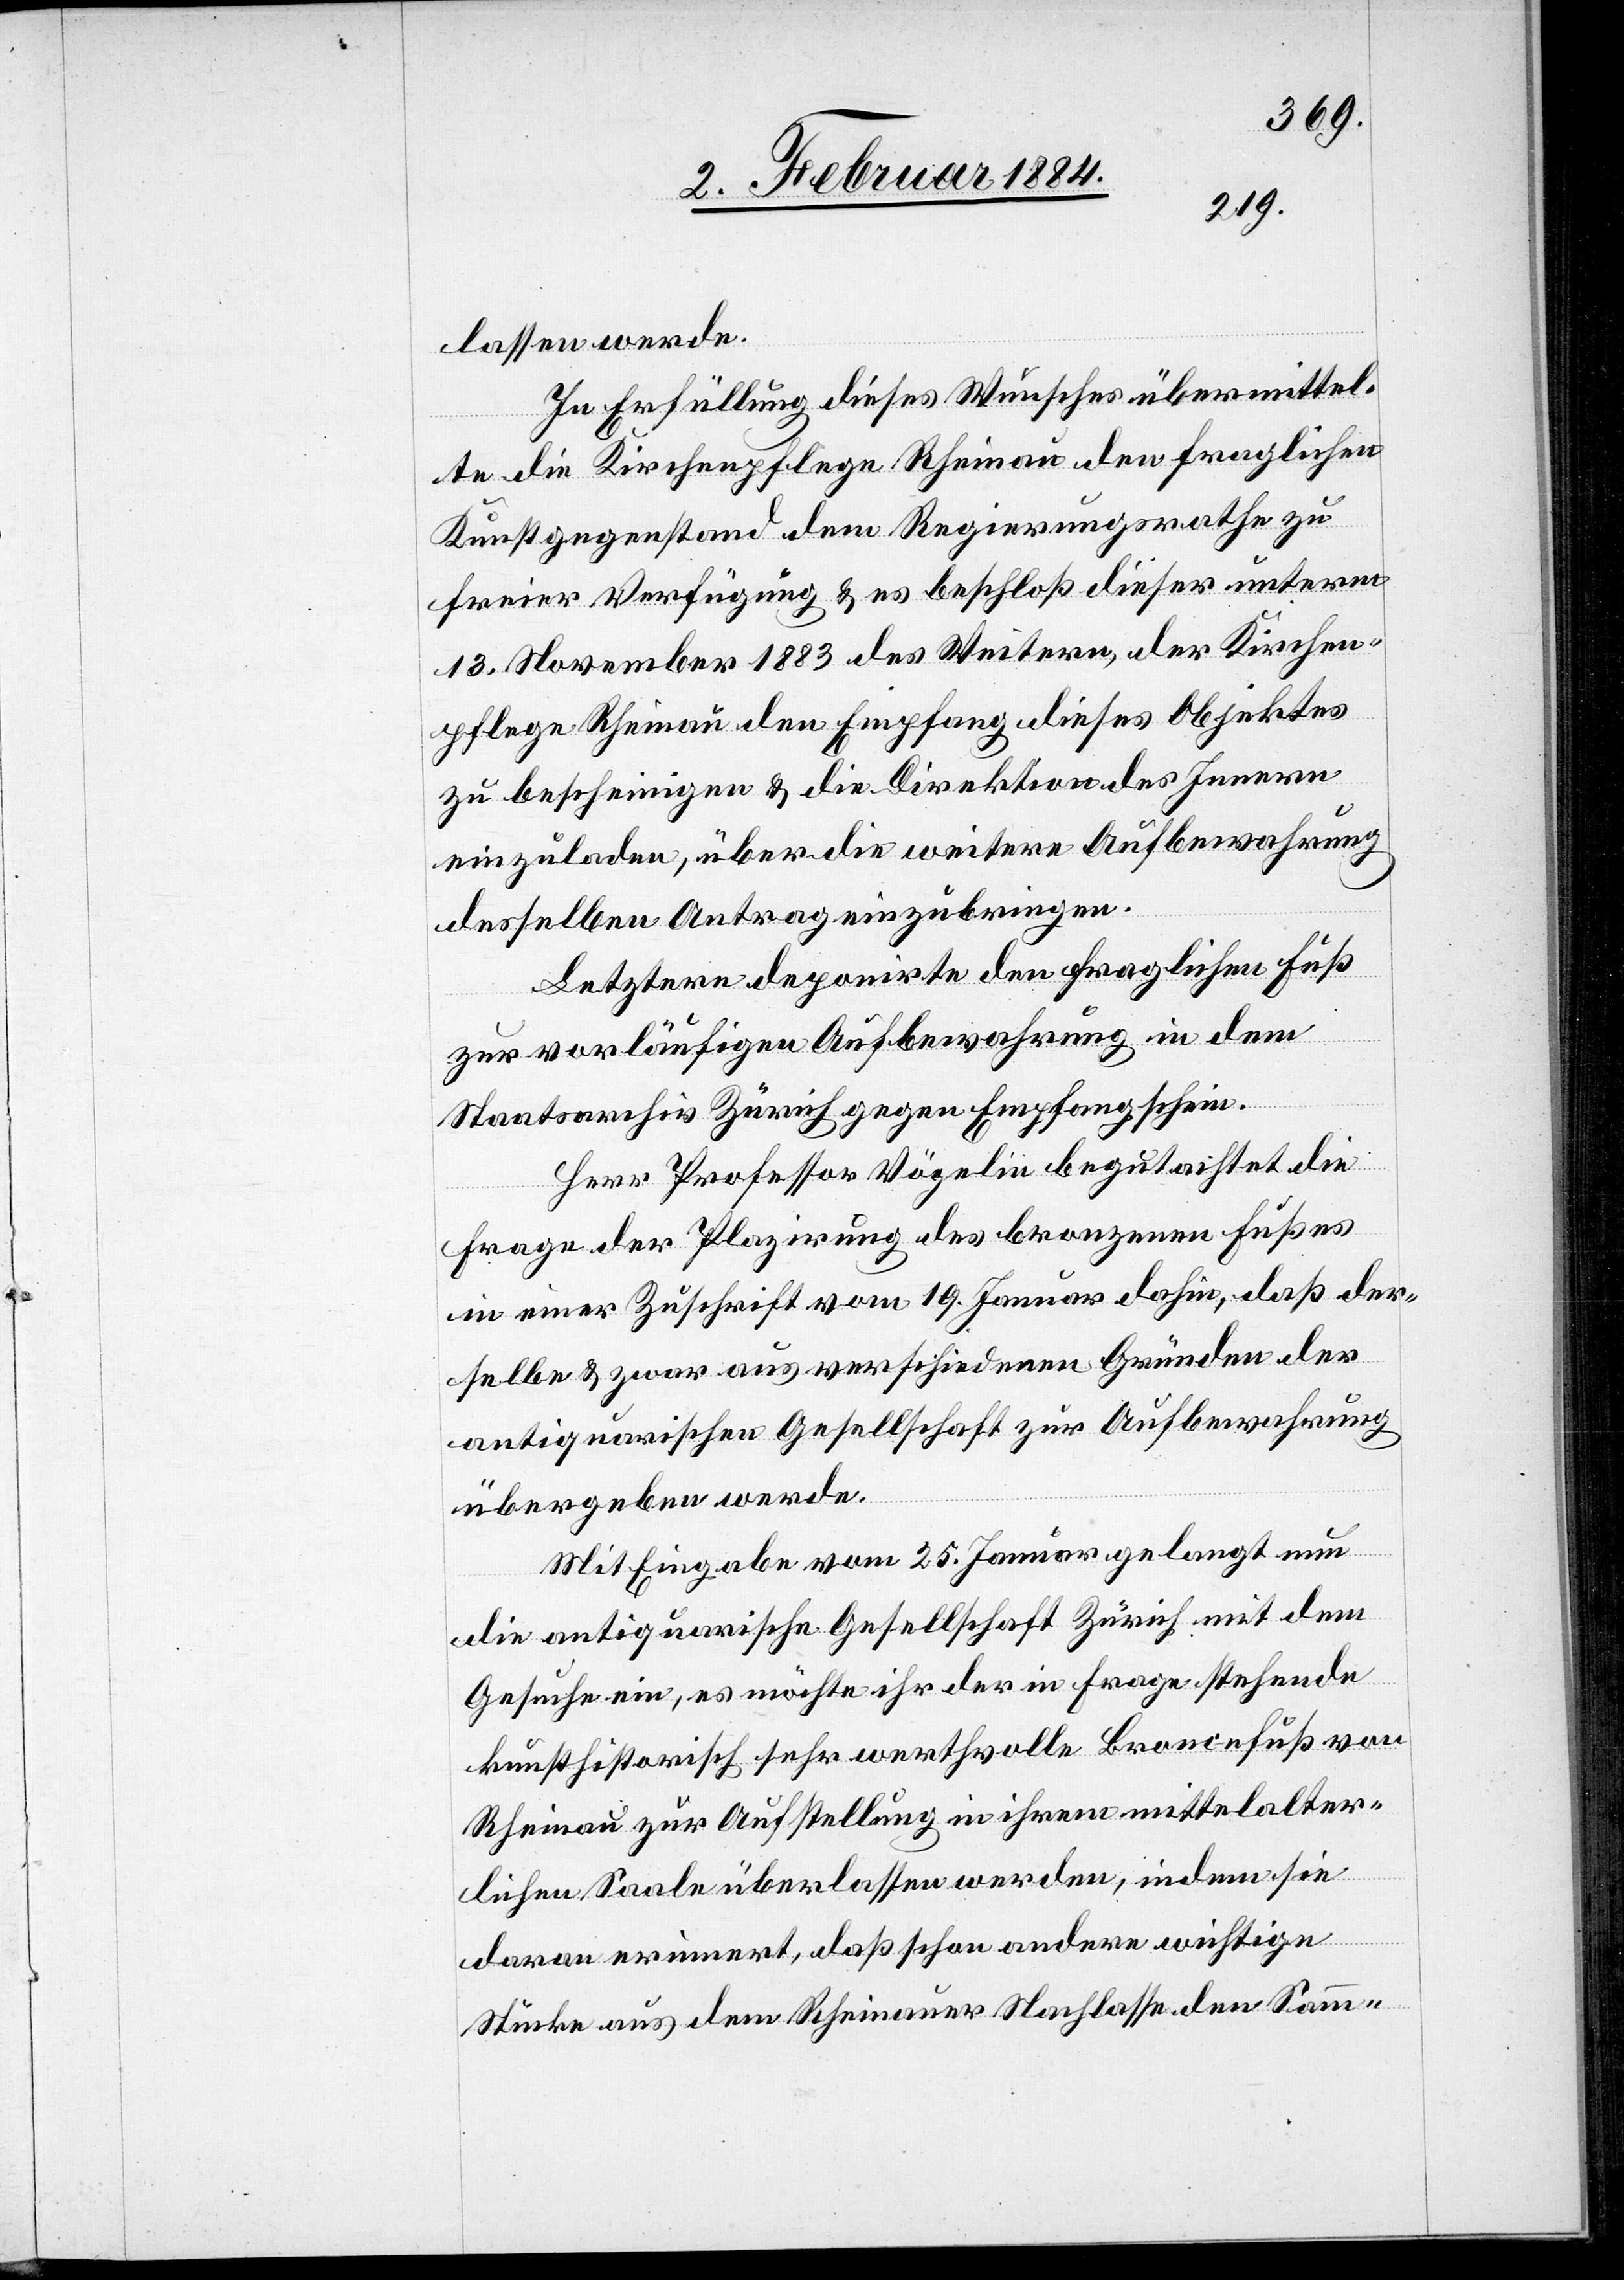
lassen werde.
In Erfüllung dieses Wunsches übermittel¬
te die Kirchenpflege Rheinau den fraglichen
Kunstgegenstand dem Regierungsrathe zu
freier Verfügung & es beschloß dieser unterm
13. November 1883 des Weitern, der Kirchen¬
pflege Rheinau den Empfang dieses Objekts
zu bescheinigen & die Direktion des Innern
einzuladen, über die weitere Aufbewahrung
desselben Antrag einzubringen.
Letztere deponirte den fraglichen Fuß
zur vorläufigen Aufbewahrung in dem
Staatsarchiv Zürich gegen Empfangschein.
Herr Professor Vögelin begutachtet die
Frage der Plazierung des bronzenen Fußes
in einer Zuschrift vom 19. Januar dahin, daß der¬
selbe & zwar aus verschiedenen Gründen der
antiquarischen Gesellschaft zur Aufbewahrung
übergeben werde.
Mit Eingabe vom 25. Januar gelangt nun
die antiquarische Gesellschaft Zürich mit dem
Gesuche ein, es möchte ihr der in Frage stehende
kunsthistorisch sehr werthvolle Broncenfuß von
Rheinau zur Aufstellung in ihrem mittelalter¬
lichen Saale überlassen werden, indem sie
daran erinnert, daß schon andere wichtige
Stücke aus dem Rheinauer Nachlasse den Samm-